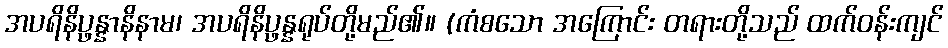
အပရိနိပ္ဖန္နာနိနာမ၊ အပရိနိပ္ဖန္နရုပ်တို့မည်၏။ (ကံစသော အကြောင်း တရားတို့သည် ထက်ဝန်းကျင်